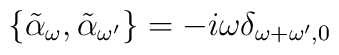
\{\tilde{\alpha}_\omega , \tilde{\alpha}_{\omega^\prime}\} = - i \omega \delta_{\omega+\omega^\prime,0}